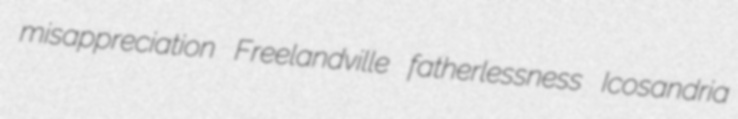
misappreciation Freelandville fatherlessness Icosandria